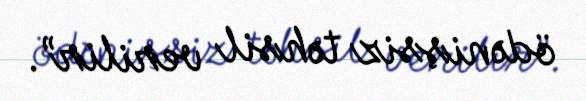
ödənişsiz təhsil verilir”.